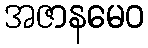
အဇာနမေဝ